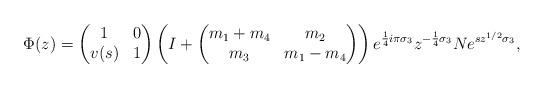
LaTeX: \begin{align*}\Phi(z)=\begin{pmatrix}1&0\\v(s)&1\end{pmatrix} \left(I+\begin{pmatrix}m_1+m_4&m_2\\m_3&m_1-m_4\end{pmatrix}\right)e^{\frac{1}{4}i \pi \sigma_3}z^{-\frac{1}{4}\sigma_3}Ne^{sz^{1/2}\sigma_3},\end{align*}